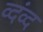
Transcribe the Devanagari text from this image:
व्दंव्द